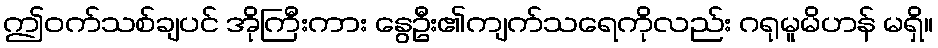
ဤဝက်သစ်ချပင် အိုကြီးကား နွေဦး၏ကျက်သရေကိုလည်း ဂရုမူမိဟန် မရှိ။